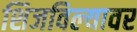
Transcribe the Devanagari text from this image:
शिजविल्यावर